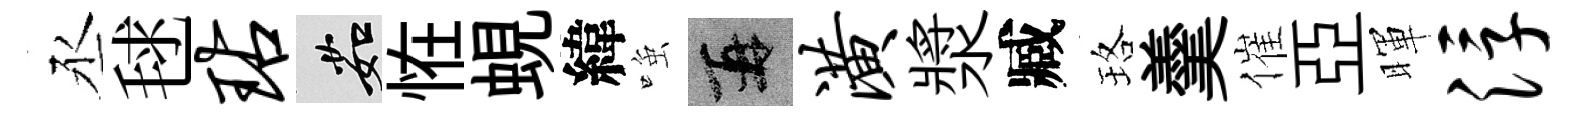
丞毬玷茹恠蜆緯𫪻再潢漿臧珞羹催亞暉浮